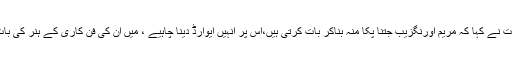
وزیر اطلاعات نے کہا کہ مریم اورنگزیب جتنا پکا منہ بناکر بات کرتی ہیں،اس پر انہیں ایوارڈ دینا چاہیے ، میں ان کی فن کاری کے ہنر کی بات کررہا ہوں۔